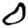
Digit: 0